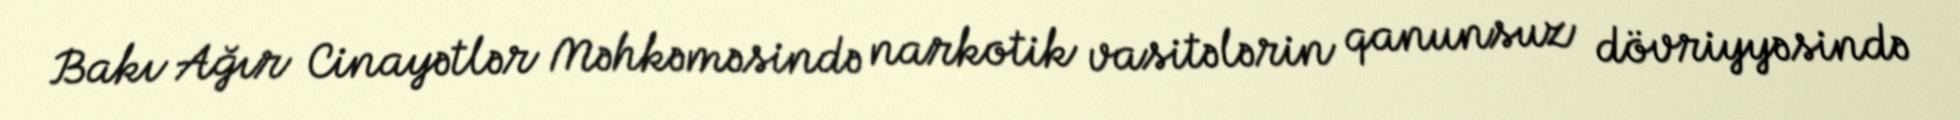
Bakı Ağır Cinayətlər Məhkəməsində narkotik vasitələrin qanunsuz dövriyyəsində